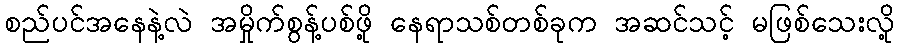
စည်ပင်အနေနဲ့လဲ အမှိုက်စွန့်ပစ်ဖို့ နေရာသစ်တစ်ခုက အဆင်သင့် မဖြစ်သေးလို့